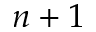
n + 1